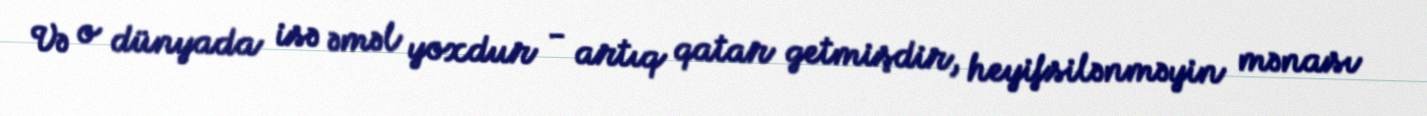
Və o dünyada isə əməl yoxdur - artıq qatar getmişdir, heyifsilənməyin mənası